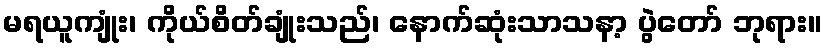
မရယူကျုံး၊ ကိုယ်စိတ်ချုံးသည်၊ နောက်ဆုံးသာသနာ့ ပွဲတော် ဘုရား။